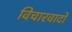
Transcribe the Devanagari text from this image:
विचारवादों